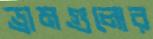
ড্রামগুলোর